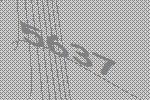
5637